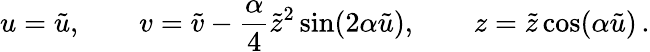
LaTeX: u=\tilde{u},\qquad v=\tilde{v}-\frac{\alpha}{4}\tilde{z}^{2}\sin(2\alpha\tilde{u}),\qquad z=\tilde{z}\cos(\alpha\tilde{u})\, .